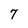
Character: 7